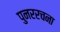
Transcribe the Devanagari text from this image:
पुनररचना